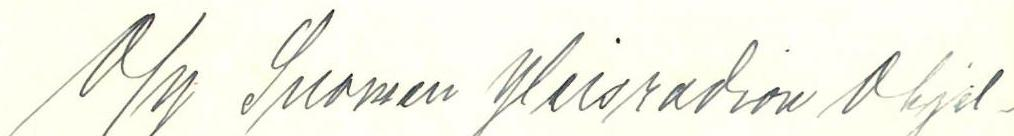
O/Y Suomen yleisradion ohjel-